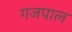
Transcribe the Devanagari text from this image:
गजपाल